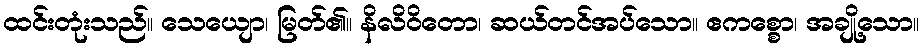
ထင်းတုံးသည်။ သေယျော၊ မြတ်၏။ နိလိဝိတော၊ ဆယ်တင်အပ်သော။ ဧကစ္စော၊ အချို့သော။